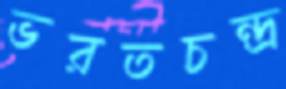
ভরতচন্দ্র